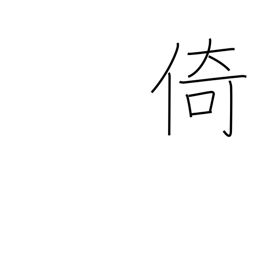
Meaning: lean on